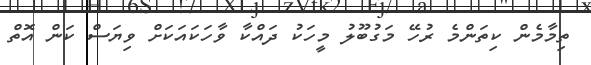
ތިމާމެން ކިތަންމެ ރުހޭ މަގުބޫލު މީހަކު ދައްކާ ވާހަކައަކަށް ވިޔަސް ކަން އޮތް